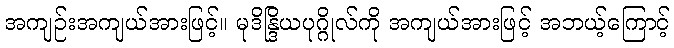
အကျဉ်းအကျယ်အားဖြင့်။ မုဒိန္ဒြိယပုဂ္ဂိုလ်ကို အကျယ်အားဖြင့် အဘယ့်ကြောင့်